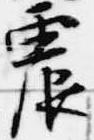
震